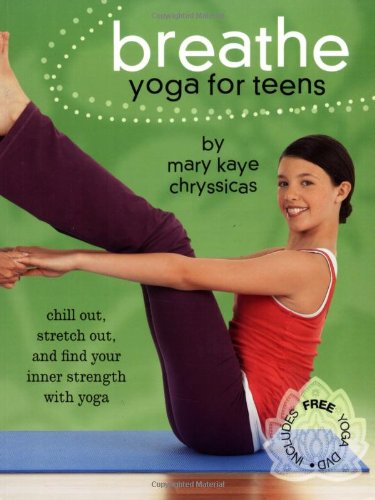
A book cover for Breathe: Yoga for Teens; Mary Kaye Chryssicas; Health, Fitness & Dieting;